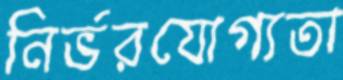
নির্ভরযোগ্যতা